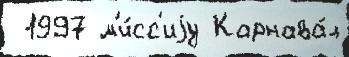
 1997 м'и́сс'иjу Карнава́л